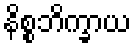
နိစ္စဘိက္ခာယ